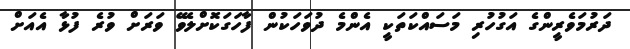
ދަރުމަވެރީންގެ އަގުހުރި މަސައްކަތަކީ އެންމެ ދުވަހަކުން ފާހަގަކޮށްލެވޭ ވަރަށް ވުރެ ފުޅާ އެއަށް